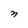
Character: n